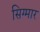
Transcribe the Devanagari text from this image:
सिग्मार